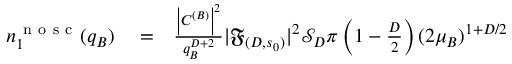
\begin{array} { r l r } { n _ { 1 } ^ { \mathrm { ~ n ~ o ~ s ~ c ~ } } ( q _ { B } ) } & { { } = } & { \frac { \left| C ^ { ( B ) } \right| ^ { 2 } } { q _ { B } ^ { D + 2 } } | \mathfrak { F } _ { ( D , s _ { 0 } ) } | ^ { 2 } \mathcal { S } _ { D } \pi \left( 1 - \frac D 2 \right) ( 2 \mu _ { B } ) ^ { 1 + D / 2 } } \end{array}